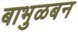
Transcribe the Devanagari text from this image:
बाभुळबन